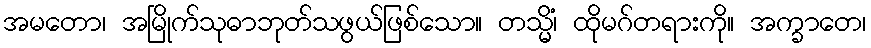
အမတော၊ အမြိုက်သုဓာဘုတ်သဖွယ်ဖြစ်သော။ တသ္မိံ၊ ထိုမဂ်တရားကို။ အက္ခာတေ၊